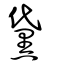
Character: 黛